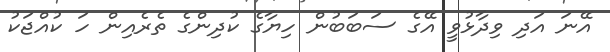
އޭނަ އަދި ވިދާޅުވީ އޭގެ ސަބަބުން ހިޔާގެ ކުދިންގެ ތެރެއިން ހަ ކުއްޖަކު